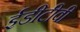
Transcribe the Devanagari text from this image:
ईडीटीवी